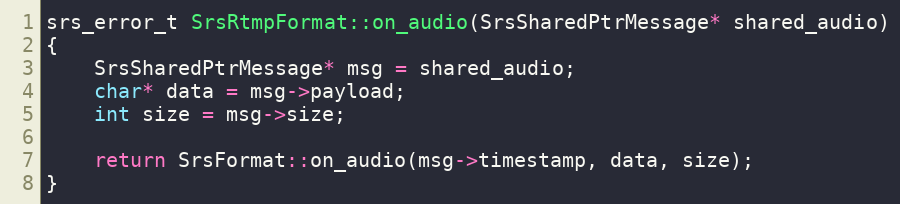
Language: C++
srs_error_t SrsRtmpFormat::on_audio(SrsSharedPtrMessage* shared_audio)
{
    SrsSharedPtrMessage* msg = shared_audio;
    char* data = msg->payload;
    int size = msg->size;

    return SrsFormat::on_audio(msg->timestamp, data, size);
}